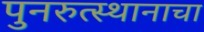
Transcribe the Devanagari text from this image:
पुनरुत्स्थानाचा